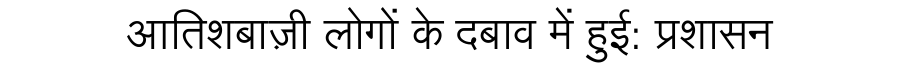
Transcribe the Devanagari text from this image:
आतिशबाज़ी लोगों के दबाव में हुई: प्रशासन